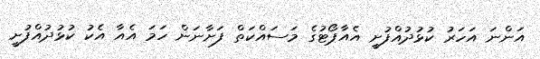
އަންނަ އަހަރު ކުޅުދުއްފުށީ އެއާޕޯޓުގެ މަސައްކަތް ފަށާނަން ހަމަ އެއާ އެކު ކުޅުދުއްފުށީ